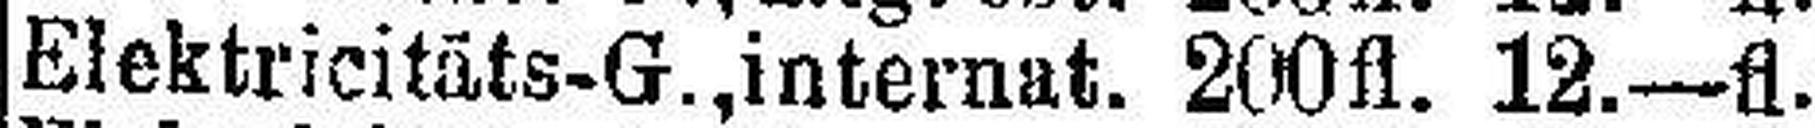
Elektricitäts-G., internat. 200fl. 12.—fl.